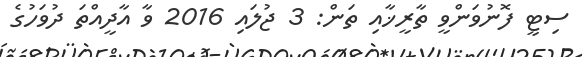
ސިޓީ ފޮނުވަންވީ ތާރީޚާއި ތަން: 3 ޖުލައި 2016 ވާ އާދީއްތަ ދުވަހުގެ